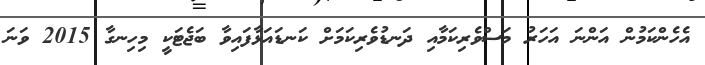
އެހެންކަމުން އަންނަ އަހަރު މަސްވެރިކަމާއި ދަނޑުވެރިކަމަށް ކަނޑައަޅާފައިވާ ބަޖެޓަކީ މިހިނގާ 2015 ވަނަ